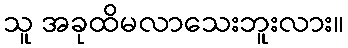
သူ အခုထိမလာသေးဘူးလား။